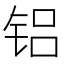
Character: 铝